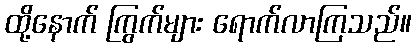
ထို့နောက် ကြွက်များ ရောက်လာကြသည်။